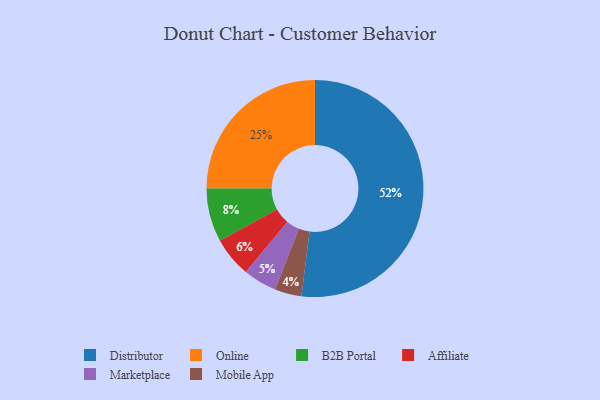
{"axis": {"x": "Category", "y": "Percentage"}, "legend": ["Affiliate", "B2B Portal", "Distributor", "Marketplace", "Mobile App", "Online"], "data": [{"x": "Affiliate", "y": 6, "type": "Affiliate"}, {"x": "Mobile App", "y": 4, "type": "Mobile App"}, {"x": "B2B Portal", "y": 8, "type": "B2B Portal"}, {"x": "Distributor", "y": 52, "type": "Distributor"}, {"x": "Online", "y": 25, "type": "Online"}, {"x": "Marketplace", "y": 5, "type": "Marketplace"}]}